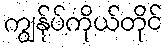
ကျွန်ုပ်ကိုယ်တိုင်